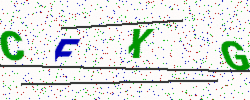
Text: CFXG